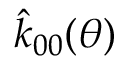
\hat { k } _ { 0 0 } ( \theta )